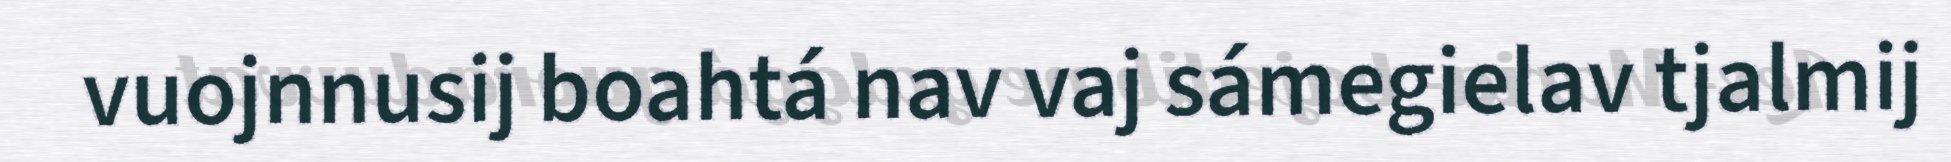
vuojnnusij boahtá nav vaj sámegielav tjalmij